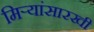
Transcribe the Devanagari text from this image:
मिऱ्यांसारखी